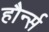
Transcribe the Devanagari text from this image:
हौर्न्स